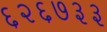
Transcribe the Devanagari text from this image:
६२६७३३